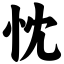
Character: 忱